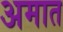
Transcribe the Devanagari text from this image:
अमात